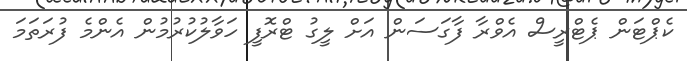
ކެޕްޓަން ޕެޓްރީސް އެވްރާ ފާގަސަން އަށް ލީގު ޓްރޮފީ ހަވާލުކުރުމުން އެންމެ ފުރަތަމަ